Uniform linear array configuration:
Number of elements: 24
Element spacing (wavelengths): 0.5
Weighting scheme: blackman
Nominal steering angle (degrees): -60
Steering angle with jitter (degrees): -61.941
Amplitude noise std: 0.05
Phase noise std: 0.05

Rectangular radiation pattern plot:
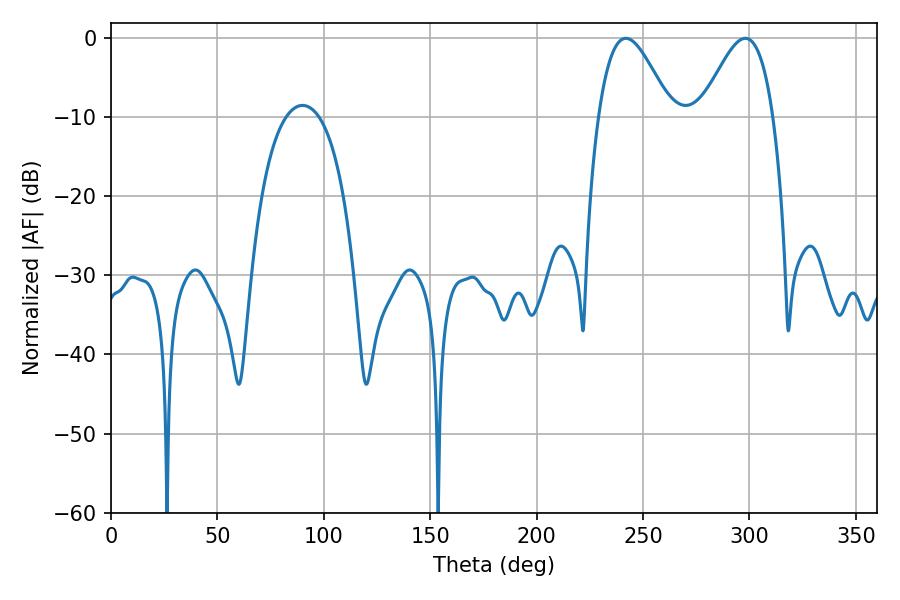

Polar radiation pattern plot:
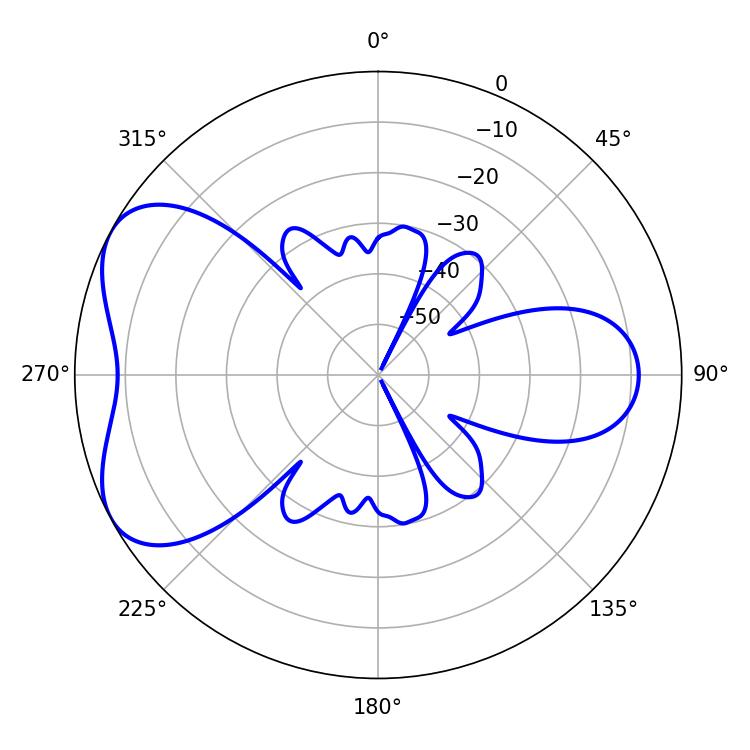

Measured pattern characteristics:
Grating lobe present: FALSE
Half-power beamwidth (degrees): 18.18
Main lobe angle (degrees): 241.92